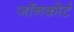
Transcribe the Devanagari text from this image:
जॉनकोर्ट